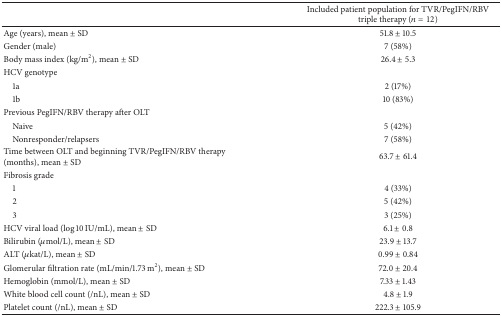
|  | Included patient population for TVR/PegIFN/RBV triple therapy (n = 12) |
 | --- | --- |
 | Age (years), mean ± SD | 51.8 ± 10.5 |
 | Gender (male) | 7 (58%) |
 | Body mass index (kg/m2), mean ± SD | 26.4 ± 5.3 |
 | HCV genotype |  |
 | 1a | 2 (17%) |
 | 1b | 10 (83%) |
 | Previous PegIFN/RBV therapy after OLT |  |
 | Naive | 5 (42%) |
 | Nonresponder/relapsers | 7 (58%) |
 | Time between OLT and beginning TVR/PegIFN/RBV therapy (months), mean ± SD | 63.7 ± 61.4 |
 | Fibrosis grade |  |
 | 1 | 4 (33%) |
 | 2 | 5 (42%) |
 | 3 | 3 (25%) |
 | HCV viral load (log 10 IU/mL), mean ± SD | 6.1 ± 0.8 |
 | Bilirubin (μmol/L), mean ± SD | 23.9 ± 13.7 |
 | ALT (μkat/L), mean ± SD | 0.99 ± 0.84 |
 | Glomerular filtration rate (mL/min/1.73 m2), mean ± SD | 72.0 ± 20.4 |
 | Hemoglobin (mmol/L), mean ± SD | 7.33 ± 1.43 |
 | White blood cell count (/nL), mean ± SD | 4.8 ± 1.9 |
 | Platelet count (/nL), mean ± SD | 222.3 ± 105.9 |